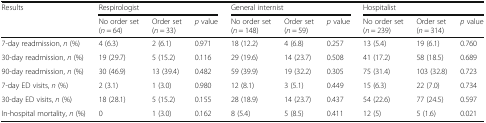
<table><thead><tr><td rowspan="2"><b>Results</b></td><td colspan="3"><b>Respirologist</b></td><td colspan="3"><b>General internist</b></td><td colspan="3"><b>Hospitalist</b></td></tr><tr><td><b>No order set (<i>n</i> = 64)</b></td><td><b>Order set (<i>n</i> = 33)</b></td><td><b><i>p</i> value</b></td><td><b>No order set (<i>n</i> = 148)</b></td><td><b>Order set (<i>n</i> = 59)</b></td><td><b><i>p</i> value</b></td><td><b>No order set (<i>n</i> = 239)</b></td><td><b>Order set (<i>n</i> = 314)</b></td><td><b><i>p</i> value</b></td></tr></thead><tbody><tr><td>7-day readmission, <i>n</i> (%)</td><td>4 (6.3)</td><td>2 (6.1)</td><td>0.971</td><td>18 (12.2)</td><td>4 (6.8)</td><td>0.257</td><td>13 (5.4)</td><td>19 (6.1)</td><td>0.760</td></tr><tr><td>30-day readmission, <i>n</i> (%)</td><td>19 (29.7)</td><td>5 (15.2)</td><td>0.116</td><td>29 (19.6)</td><td>14 (23.7)</td><td>0.508</td><td>41 (17.2)</td><td>58 (18.5)</td><td>0.689</td></tr><tr><td>90-day readmission, <i>n</i> (%)</td><td>30 (46.9)</td><td>13 (39.4)</td><td>0.482</td><td>59 (39.9)</td><td>19 (32.2)</td><td>0.305</td><td>75 (31.4)</td><td>103 (32.8)</td><td>0.723</td></tr><tr><td>7-day ED visits, <i>n</i> (%)</td><td>2 (3.1)</td><td>1 (3.0)</td><td>0.980</td><td>12 (8.1)</td><td>3 (5.1)</td><td>0.449</td><td>15 (6.3)</td><td>22 (7.0)</td><td>0.734</td></tr><tr><td>30-day ED visits, <i>n</i> (%)</td><td>18 (28.1)</td><td>5 (15.2)</td><td>0.155</td><td>28 (18.9)</td><td>14 (23.7)</td><td>0.437</td><td>54 (22.6)</td><td>77 (24.5)</td><td>0.597</td></tr><tr><td>In-hospital mortality, <i>n</i> (%)</td><td>0</td><td>1 (3.0)</td><td>0.162</td><td>8 (5.4)</td><td>5 (8.5)</td><td>0.411</td><td>12 (5)</td><td>5 (1.6)</td><td>0.021</td></tr></tbody></table>